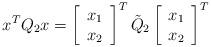
LaTeX: \begin{align*}x^TQ_2x =\left[\begin{array}{c}x_1\\x_2 \end{array}\right]^T\tilde{Q}_2\left[\begin{array}{c}x_1\\x_2 \end{array}\right]^T\end{align*}